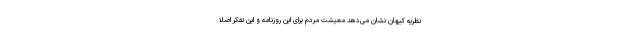
نظریه کیهان نشان می‌دهد معیشت مردم برای این روزنامه و این تفکر اصلا